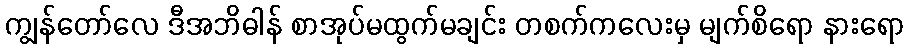
ကျွန်တော်လေ ဒီအဘိဓါန် စာအုပ်မထွက်မချင်း တစက်ကလေးမှ မျက်စိရော နားရော